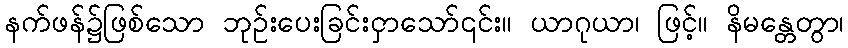
နက်ဖန်၌ဖြစ်သော ဘုဉ်းပေးခြင်းငှာသော်၎င်း။ ယာဂုယာ၊ ဖြင့်။ နိမန္တေတွာ၊